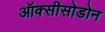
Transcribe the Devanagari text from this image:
ऑक्सीसोडोन